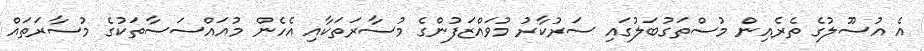
އެ އުސޫލުގެ ތެރެއިން މުސްތަގުބަލުގައި ސަރުކާރު މުވައްޒަފުންގެ މުސާރަތަކާއި އެހެން މުއައްސަސާތަކުގެ މުސާރަތައް